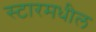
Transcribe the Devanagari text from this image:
स्टारमधील